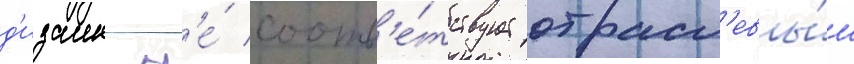
д'изаин н'е́ соотв'е́тствует отрасл'евы́м